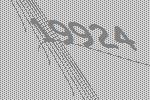
19924